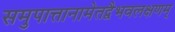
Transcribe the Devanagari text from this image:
समुपात्तानामेतद्वैभवलक्षणम्